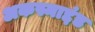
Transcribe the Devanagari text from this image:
अकस्माद्दंड